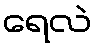
ရေလဲ